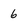
Character: 6